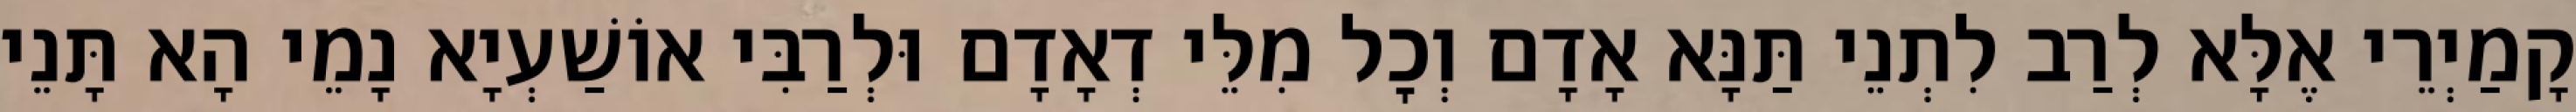
קָמַיְרֵי אֶלָּא לְרַב לִתְנֵי תַּנָּא אָדָם וְכׇל מִלֵּי דְאָדָם וּלְרַבִּי אוֹשַׁעְיָא נָמֵי הָא תָּנֵי